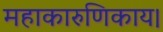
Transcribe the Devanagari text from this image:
महाकारुणिकाय।